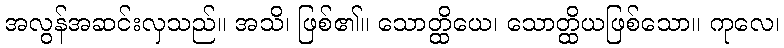
အလွန်အဆင်းလှသည်။ အသိ၊ ဖြစ်၏။ သောတ္ထိယေ၊ သောတ္ထိယဖြစ်သော။ ကုလေ၊